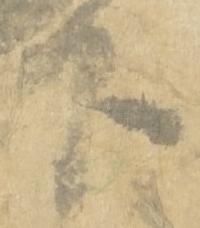
下